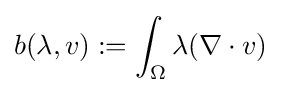
b(\lambda ,v):=\int _{\Omega }\lambda (\nabla \cdot v)